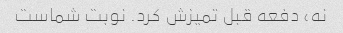
نه، دفعه قبل تمیزش کرد. نوبت شماست